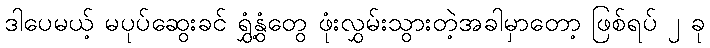
ဒါပေမယ့် မပုပ်ဆွေးခင် ရွှံ့နွံတွေ ဖုံးလွှမ်းသွားတဲ့အခါမှာတော့ ဖြစ်ရပ် ၂ ခု